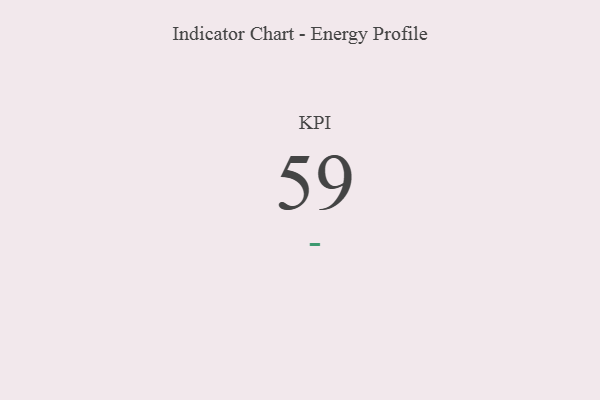
{"axis": {"x": "KPI", "y": "Value"}, "legend": [""], "data": [{"x": "KPI", "y": 59, "type": ""}]}